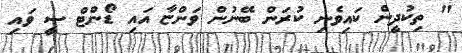
" ތިކުދީން ކައިވެނި ކުރަން ބޭނުން ވަންޏާ އައި ޑޯންޓް ސީ ވައި